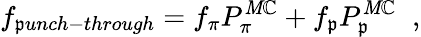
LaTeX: f_{\mathfrak{p}unch-through}=f_{\pi}P_{\pi}^{\mathit{M}\mathbb{C}}+f_{\mathfrak{p}}P_{\mathfrak{p}}^{\mathit{M}\mathbb{C}}\; \; ,